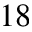
_ { 1 8 }